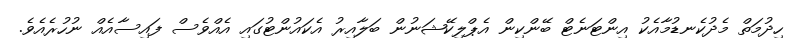
ހިދުމަތް މެދުކެނޑުމާއެކު އިންޓަނެޓް ބޭންކިން އެޕްލިކޭޝަނުން ބަލާއިރު އެކައުންޓުގައި އެއްވެސް ފައިސާއެއް ނުހުރެއެވެ.